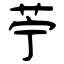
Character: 苧